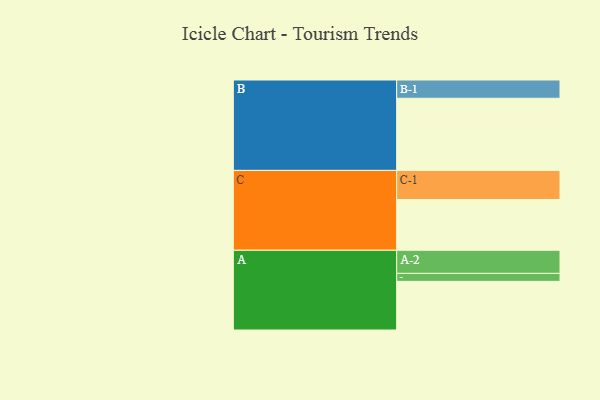
{"axis": {"x": "Segment", "y": "Value"}, "legend": ["", "A", "B", "C"], "data": [{"x": "A", "y": 341, "type": ""}, {"x": "B", "y": 506, "type": ""}, {"x": "C", "y": 356, "type": ""}, {"x": "A-1", "y": 56, "type": "A"}, {"x": "A-2", "y": 162, "type": "A"}, {"x": "B-1", "y": 128, "type": "B"}, {"x": "C-1", "y": 204, "type": "C"}]}